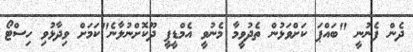
ދެން ފެނުނީ "ބައްޕަ ކަށްވަޅުން ތެދުވީމާ މެނުވީ އެމްޑީޕީ ދޫކޮށްނުލާނެ"ކަމަށް ވިދާޅުވި ހިސްޓޯ